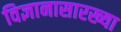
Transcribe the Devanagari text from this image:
विज्ञानासारख्या